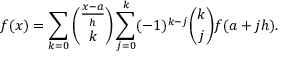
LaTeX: f ( x ) = \sum _ { k = 0 } { \binom { \frac { x - a } { h } } { k } } \sum _ { j = 0 } ^ { k } ( - 1 ) ^ { k - j } { \binom { k } { j } } f ( a + j h ) .